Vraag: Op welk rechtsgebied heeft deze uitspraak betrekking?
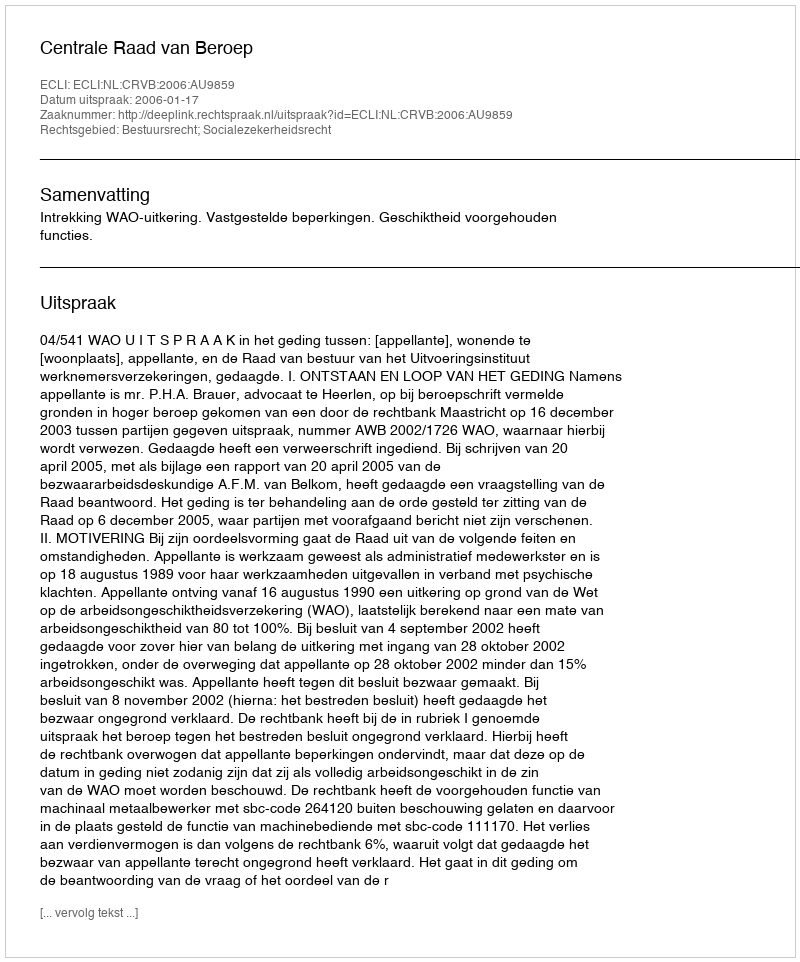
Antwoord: Bestuursrecht; Socialezekerheidsrecht